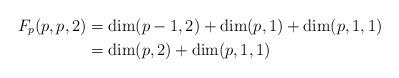
LaTeX: \begin{align*}F_p(p,p,2)&=\dim(p-1,2)+\dim(p,1)+\dim(p,1,1)\cr&=\dim(p,2)+\dim(p,1,1)\end{align*}